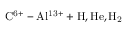
\mathrm { C ^ { 6 + } - A l ^ { 1 3 + } + H , H e , H _ { 2 } }